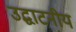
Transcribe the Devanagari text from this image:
उद्घाटनीय